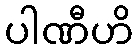
ပါဏီဟိ